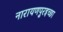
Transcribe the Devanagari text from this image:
नारायणपुरइच्छा